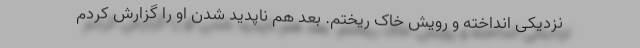
نزدیکی انداخته و رویش خاک ریختم. بعد هم ناپدید شدن او را گزارش کردم